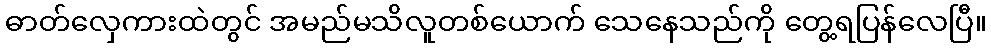
ဓာတ်လှေကားထဲတွင် အမည်မသိလူတစ်ယောက် သေနေသည်ကို တွေ့ရပြန်လေပြီ။